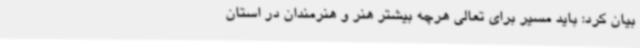
بیان کرد: باید مسیر برای تعالی هرچه بیشتر هنر و هنرمندان در استان